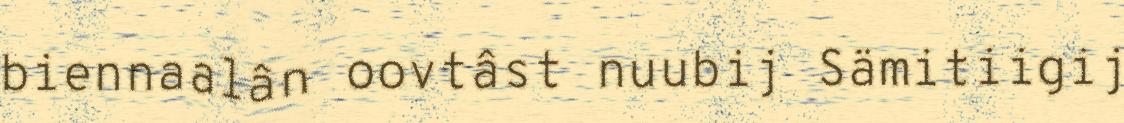
biennaalân oovtâst nuubij Sämitiigij